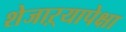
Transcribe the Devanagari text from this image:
शेजाऱ्यापेक्षा